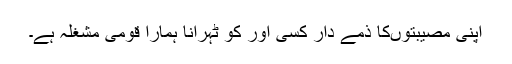
اپنی مصیبتوں‌کا ذمے دار کسی اور کو ٹہرانا ہمارا قومی مشغلہ ہے۔